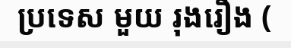
ប្រទេស មួយ រុងរឿង (